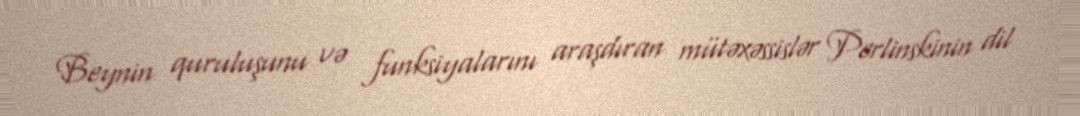
Beynin quruluşunu və funksiyalarını araşdıran mütəxəssislər Perlinskinin dil